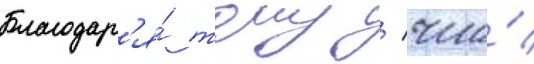
Благодар'я́ тому / что́